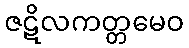
ဇဋိလကတ္တမေဝ